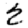
Digit: 2